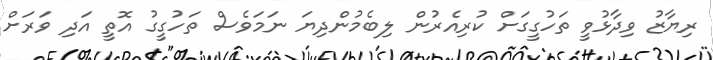
ރިޔާޒު ވިދާޅުވީ ތަހުގީގަށް ކުރިއެރުން ލިބެމުންދިޔަ ނަމަވެސް ތަހުގީގު އޮތީ އަދި ވަރަށް